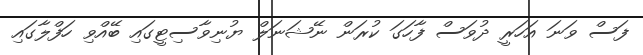
ފަސް ވަނަ އަހަރީ ދުވަސް ފާހަގަ ކުރަން ނޭޝަނަލް ޔުނިވާސިޓީގައި ބޭއްވި ހަފްލާގައި